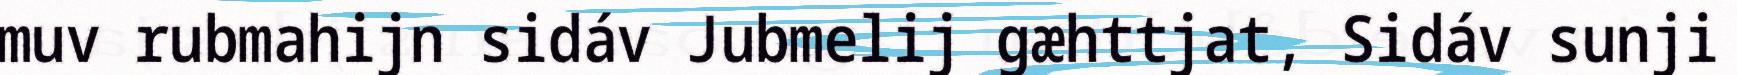
muv rubmahijn sidáv Jubmelij gæhttjat, Sidáv sunji